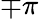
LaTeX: \mp\pi